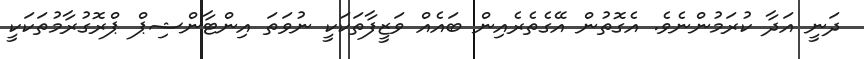
ދަނީ އަދާ ކުރަމުންނެވެ. އެގޮތުން އޭގެތެރެއިން ބައެއް ވަޒީފާތަކަކީ ނުވަތަ އިންޓާންޝިޕް ޕްރޮގުރާމުތަކަކީ